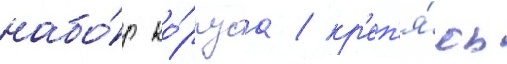
набо́р ко́рпуса / кр'еп'я́сь